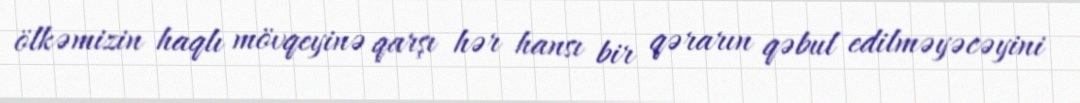
ölkəmizin haqlı mövqeyinə qarşı hər hansı bir qərarın qəbul edilməyəcəyini